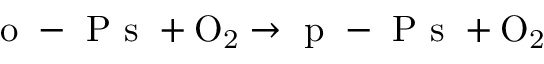
\mathrm { \mathrm { ~ o ~ - ~ P ~ s ~ } + O _ { 2 } \to \mathrm { ~ p ~ - ~ P ~ s ~ } + O _ { 2 } }